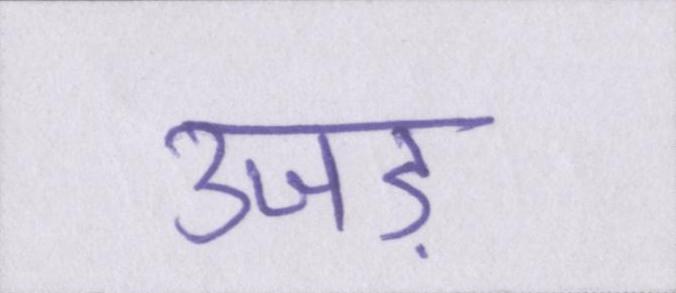
उजड़